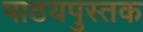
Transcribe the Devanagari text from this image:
पाठयपुस्तक